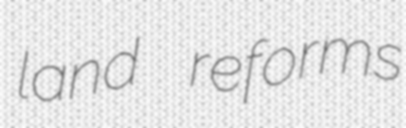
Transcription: land reforms